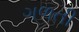
ગળતી